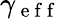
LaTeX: \gamma_{\mathrm{~e~f~f~}}